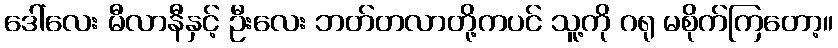
ဒေါ်လေး မီလာနီနှင့် ဦးလေး ဘတ်တလာတို့ကပင် သူ့ကို ဂရု မစိုက်ကြတော့။